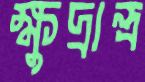
ক্ষুদ্রান্ত্র